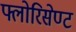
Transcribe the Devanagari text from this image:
फ्लोरिसेण्ट